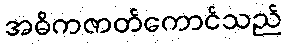
အဓိကဇာတ်ကောင်သည်